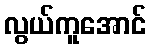
လွယ်ကူအောင်